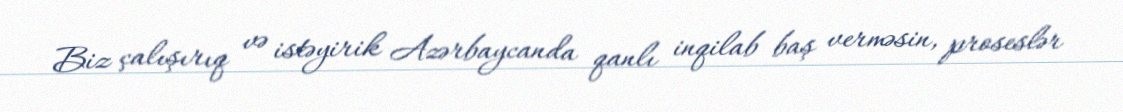
Biz çalışırıq və istəyirik Azərbaycanda qanlı inqilab baş verməsin, proseslər